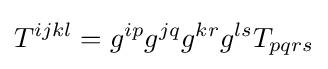
T^{ijkl}=g^{ip}g^{jq}g^{kr}g^{ls}T_{pqrs}